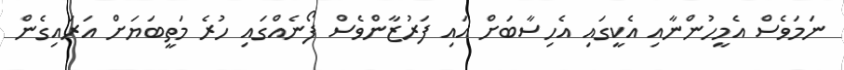
ނަމަވެސް އެމީހުންނާއި އެކީގައި އެހިސާބަށް އައި ފަރުޒާންވެސް ފޯނެއްގައި ހުރެ މަތީބަޔަށް އަރައިގެން